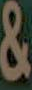
&